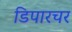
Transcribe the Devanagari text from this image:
डिपारचर